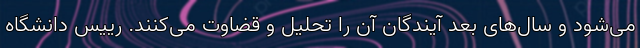
می‌شود و سال‌های بعد آیندگان آن را تحلیل و قضاوت می‌کنند. رییس دانشگاه